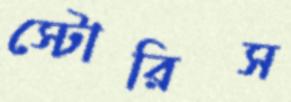
স্টোরিস